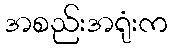
အစည်းအရုံးက